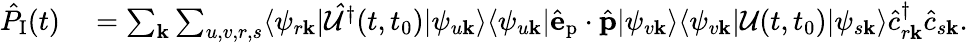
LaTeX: \begin{array}{rl}{\hat{P}_{\textrm{I}}(t)}&{{}=\sum_{\mathbf{k}}\sum_{u,v,r,s}\langle\psi_{r\mathbf{k}}|\mathcal{\hat{U}}^{\dagger}(t,t_{0})|\psi_{u\mathbf{k}}\rangle\langle\psi_{u\mathbf{k}}|\hat{\mathbf{e}}_{\textrm{p}}\cdot\hat{\mathbf{p}}|\psi_{v\mathbf{k}}\rangle\langle\psi_{v\mathbf{k}}|\mathcal{U}(t,t_{0})|\psi_{s\mathbf{k}}\rangle\hat{c}_{r\mathbf{k}}^{\dagger}\hat{c}_{s\mathbf{k}}.}\end{array}